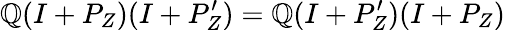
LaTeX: \mathbb{Q}(I+P_{Z})(I+P_{Z}^{\prime})=\mathbb{Q}(I+P_{Z}^{\prime})(I+P_{Z})